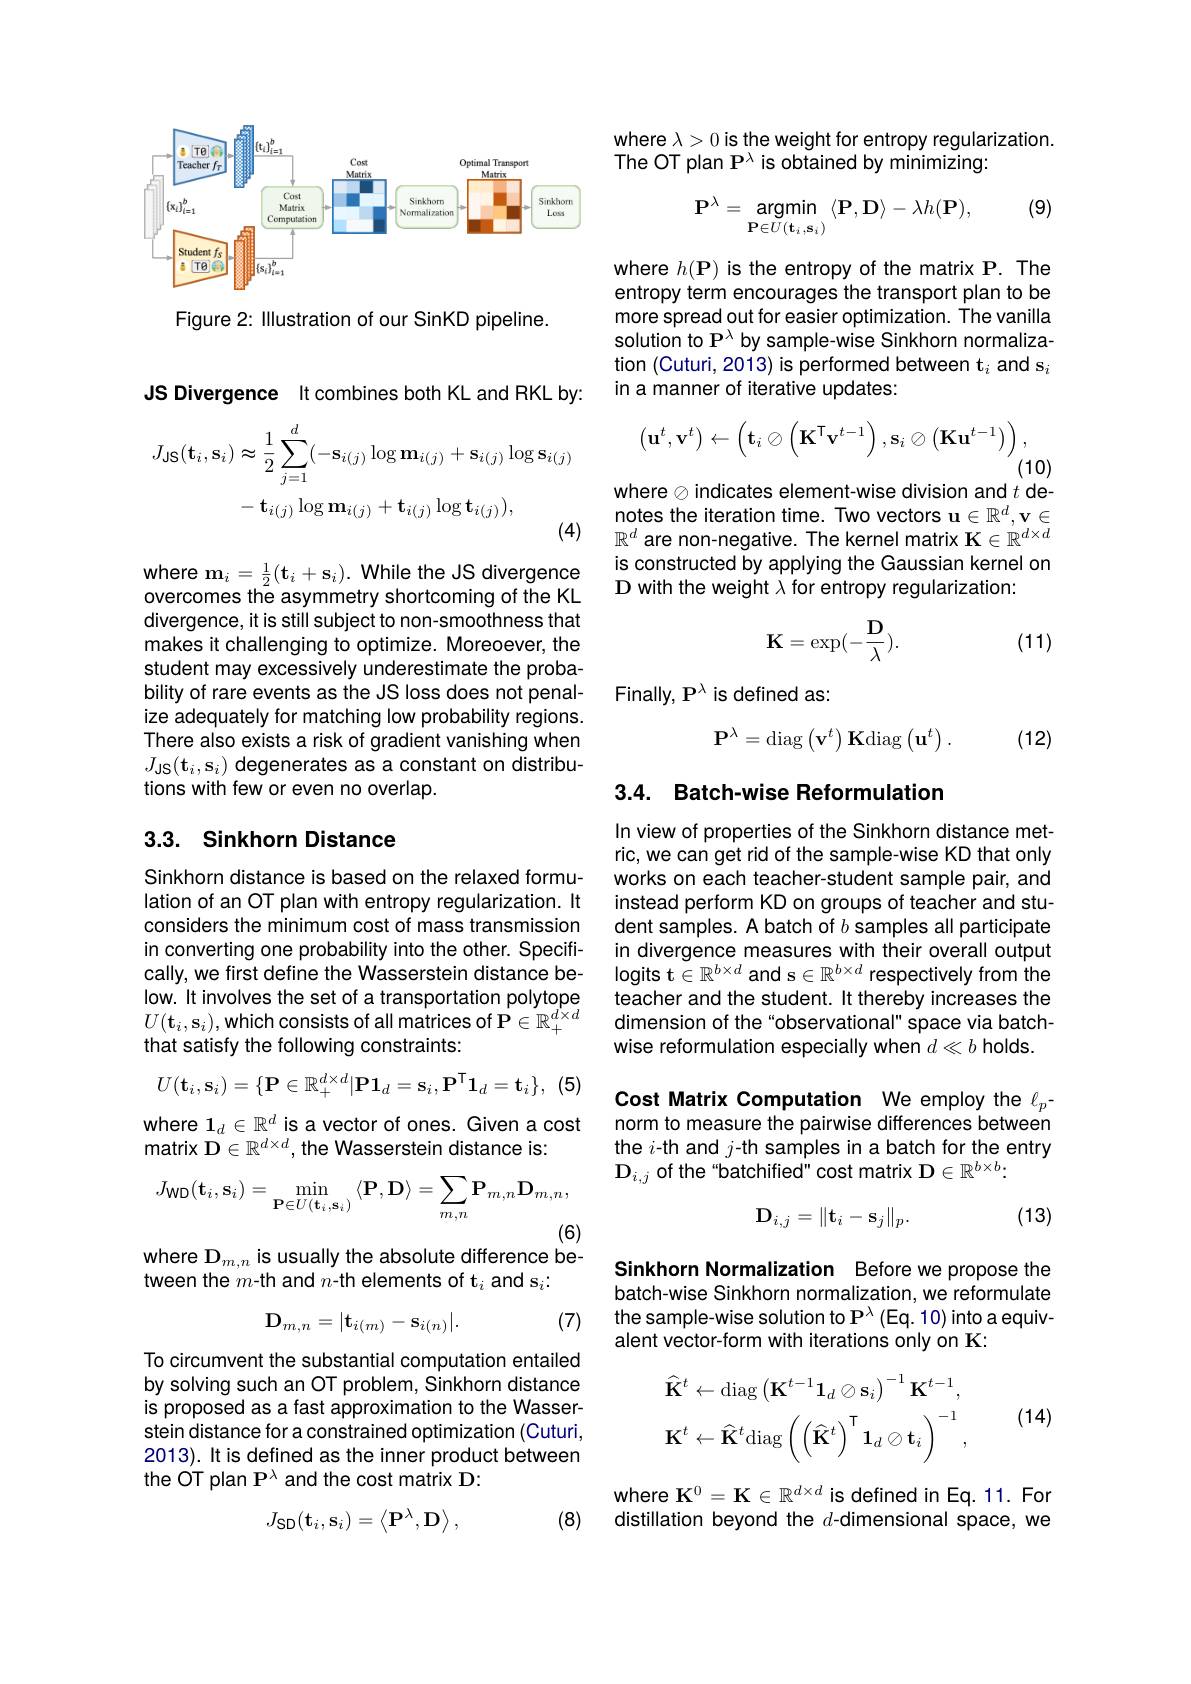
<FigureHere>

Figure 2: Illustration of our SinKD pipeline.

JS Divergence It combines both KL and RKL by:
$$\begin{aligned}J_{\mathrm{JS}}(\mathbf{t}_{i},\mathbf{s}_{i})&\approx\frac{1}{2}\sum_{j=1}^{d}(-\mathbf{s}_{i(j)}\log\mathbf{m}_{i(j)}+\mathbf{s}_{i(j)}\log\mathbf{s}_{i(j)}\\&-\mathbf{t}_{i(j)}\log\mathbf{m}_{i(j)}+\mathbf{t}_{i(j)}\log\mathbf{t}_{i(j)}),\end{aligned}$$
divergence, it is still subject to non-smoothness that makes it challenging to optimize. Moreoever, the student may excessively underestimate the probability of rare events as the JS loss does not penalize adequately for matching low probability regions. There also exists a risk of gradient vanishing when $J_{\mathrm{JS}}(\mathbf{t}_{i},\mathbf{s}_{i})$ degenerates as a constant on distributions with few or even no overlap.

## 3.3. Sinkhorn Distance

Sinkhorn distance is based on the relaxed formulation of an OT plan with entropy regularization. It considers the minimum cost of mass transmission in converting one probability into the other. Specifically, we first define the Wasserstein distance below. It involves the set of a transportation polytope $U(\mathbf{t}_i,\mathbf{s}_i)$,which consists of all matrices of P$\in\mathbb{R}_+^d\times d$ that satisfy the following constraints:

(5)
$$U(\mathbf{t}_i,\mathbf{s}_i)=\{\mathbf{P}\in\mathbb{R}_+^{d\times d}|\mathbf{P}\mathbf{1}_d=\mathbf{s}_i,\mathbf{P}^\mathsf{T}\mathbf{1}_d=\mathbf{t}_i\},$$
where $\mathbf{1}_d\in\mathbb{R}^d$ is a vector of ones. Given a cost
matrix $\mathbf{D}\in\mathbb{R}^d\times d$, the Wasserstein distance is:
$$J_{\mathsf{WD}}(\mathbf{t}_i,\mathbf{s}_i)=\min_{\mathbf{P}\in U(\mathbf{t}_i,\mathbf{s}_i)}\langle\mathbf{P},\mathbf{D}\rangle=\sum_{m,n}\mathbf{P}_{m,n}\mathbf{D}_{m,n},$$
(6)
where D$_m,n$ is usually the absolute difference be-

tween the $m$-th and $n$-th elements of t$_i$ and s$_i:$

(7)
$$\mathbf{D}_{m,n}=|\mathbf{t}_{i(m)}-\mathbf{s}_{i(n)}|.$$
To circumvent the substantial computation entailed by solving such an OT problem, Sinkhorn distance is proposed as a fast approximation to the Wasserstein distance for a constrained optimization (Cuturi, 2013). It is defined as the inner product between the OT plan P$^\lambda$ and the cost matrix D:

(8)
$$J_{\mathsf{SD}}(\mathbf t_i,\mathbf s_i)=\left\langle\mathbf P^\lambda,\mathbf D\right\rangle,$$
where $\lambda>0$ is the weight for entropy regularization.
The OT plan P$^\lambda$ is obtained by minimizing:

(9)
$$\mathbf{P}^{\lambda}=\mathop{\text{argmin}}\limits_{\mathbf{P}\in U(\mathbf{t}_{i},\mathbf{s}_{i})}\langle\mathbf{P},\mathbf{D}\rangle-\lambda h(\mathbf{P}),$$
where $h(\mathbf{P})$ is the entropy of the matrix P. The entropy term encourages the transport plan to be more spread out for easier optimization. The vanilla solution to P$^\lambda$ by sample-wise Sinkhorn normalization (Cuturi, 2013) is performed between t$_i$ and s$_i$ in a manner of iterative updates:
$$\left(\mathbf{u}^t,\mathbf{v}^t\right)\leftarrow\left(\mathbf{t}_i\otimes\left(\mathbf{K}^\mathsf{T}\mathbf{v}^{t-1}\right),\mathbf{s}_i\otimes\left(\mathbf{K}\mathbf{u}^{t-1}\right)\right),$$
(10)

where $\otimes$indicates element-wise division and $t$ de-

$\begin{array}{l}{\text{notes the iteration time. Two vectors u}\in\mathbb{R}^d,\mathbf{v}\in\\{\mathbb{R}^d}\text{ are non-negative. The kernel matrix K}\in\mathbb{R}^{d\times d}}\end{array}$ is constructed by applying the Gaussian kernel on
where $\mathbf{m}_i=\frac12(\mathbf{t}_i+\mathbf{s}_i).$ While the JS divergence Is constructed by applying the Gaussıan kerne overcomes the asymmetry shortcoming of the KL D with the weight $\lambda$ for entropy regularization:
$$\mathbf{K}=\exp(-\frac{\mathbf{D}}{\lambda}).$$
(11)

Finally, P^{\lambda} is defined as:
$$\mathbf{P}^{\lambda}=\mathrm{diag}\left(\mathbf{v}^{t}\right)\mathbf{K}\mathrm{diag}\left(\mathbf{u}^{t}\right).$$
(12)

## 3.4. Batch-wise Reformulation

In view of properties of the Sinkhorn distance metric, we can get rid of the sample-wise KD that only works on each teacher-student sample pair, and instead perform KD on groups of teacher and student samples. A batch of $b$ samples all participate in divergence measures with their overall output logits t$\in\mathbb{R}^b\times d$ and s$\in\mathbb{R}^b\times d$ respectively from the teacher and the student. It thereby increases the dimension of the "observational" space via batchwise reformulation especially when $d\ll b$ holds.

Cost Matrix Computation We employ the $\ell_p-$ norm to measure the pairwise differences between the $i$-th and $j$-th samples in a batch for the entry $\mathbf{D}_{i,j}$ of the “batchified" cost matrix D$\in\mathbb{R}^b\times b:$

(13)
$$\mathbf{D}_{i,j}=\|\mathbf{t}_i-\mathbf{s}_j\|_p.$$
Sinkhorn Normalization Before we propose the batch-wise Sinkhorn normalization, we reformulate the sample-wise solution to P $^\lambda$ (Eq. 10) into a equivalent vector-form with iterations only on K:

(14)
$$\hat{\mathbf{K}}^{t}\leftarrow\mathrm{diag}\left(\mathbf{K}^{t-1}\mathbf{1}_{d}\otimes\mathbf{s}_{i}\right)^{-1}\mathbf{K}^{t-1},\\\mathbf{K}^{t}\leftarrow\hat{\mathbf{K}}^{t}\mathrm{diag}\left(\left(\hat{\mathbf{K}}^{t}\right)^{\intercal}\mathbf{1}_{d}\otimes\mathbf{t}_{i}\right)^{-1},$$
where K$^0=\mathbf{K}\in\mathbb{R}^{d\times d}$ is defined in Eq. 11. For distillation beyond the $d$-dimensional space, we